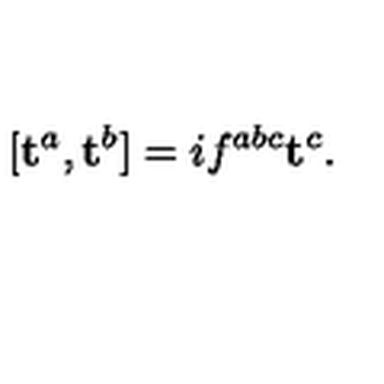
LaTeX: [ \mathbf { t } ^ { a } , \mathbf { t } ^ { b } ] = i f ^ { a b c } \mathbf { t } ^ { c } .